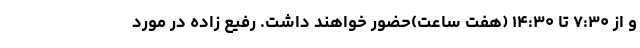
و از ۷:۳۰ تا ۱۴:۳۰ (هفت ساعت)حضور خواهند داشت. رفیع زاده در مورد